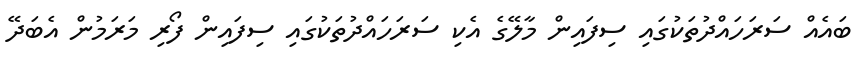
ބައެއް ސަރަހައްދުތަކުގައި ސިފައިން މާލޭގެ އެކި ސަރަހައްދުތަކުގައި ސިފައިން ފޯރި މަަރަމުން އެބަދޭ